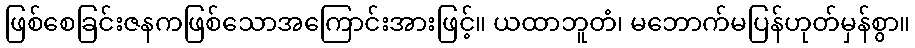
ဖြစ်စေခြင်းဇနကဖြစ်သောအကြောင်းအားဖြင့်။ ယထာဘူတံ၊ မဘောက်မပြန်ဟုတ်မှန်စွာ။